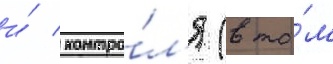
и́ контро́л'я (в то́м